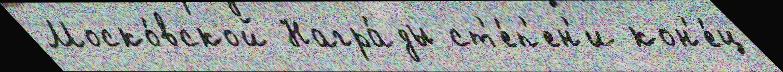
Моско́вской Награ́ды ст'е́п'ен'и кон'е́ц